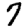
Digit: 7